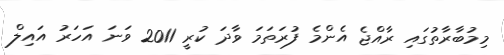
މިމުބާރާތުގައި ރާއްޖެ އެންމެ ފުރަތަމަ ވާދަ ކުރީ 2011 ވަނަ އަހަރު އައިލް